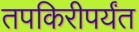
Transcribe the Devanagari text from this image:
तपकिरीपर्यंत